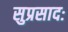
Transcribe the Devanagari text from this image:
सुप्रसादः